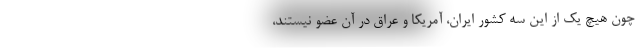
چون هیچ یک از این سه کشور ایران، آمریکا و عراق در آن عضو نیستند،